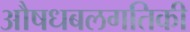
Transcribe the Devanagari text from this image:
औषधबलगतिकी